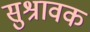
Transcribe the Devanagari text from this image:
सुश्रावक